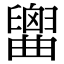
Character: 𦦤